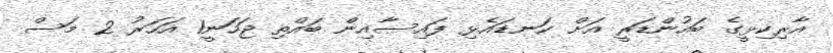
އާރިކިޅީގެ ބައުންޑަރީ އަށް ކަނޑައެޅި ފައިސާއިން ބައްތި ޖަހަނީ1 އަހަރު 2 މަސް